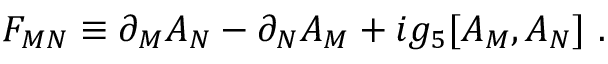
F _ { M N } \equiv \partial _ { M } A _ { N } - \partial _ { N } A _ { M } + i g _ { 5 } [ A _ { M } , A _ { N } ] ~ .